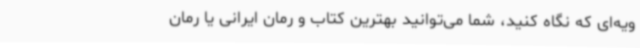
ویه‌ای که نگاه کنید، شما می‌توانید بهترین کتاب و رمان ایرانی یا رمان